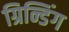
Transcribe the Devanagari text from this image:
ग्रिन्डिंग